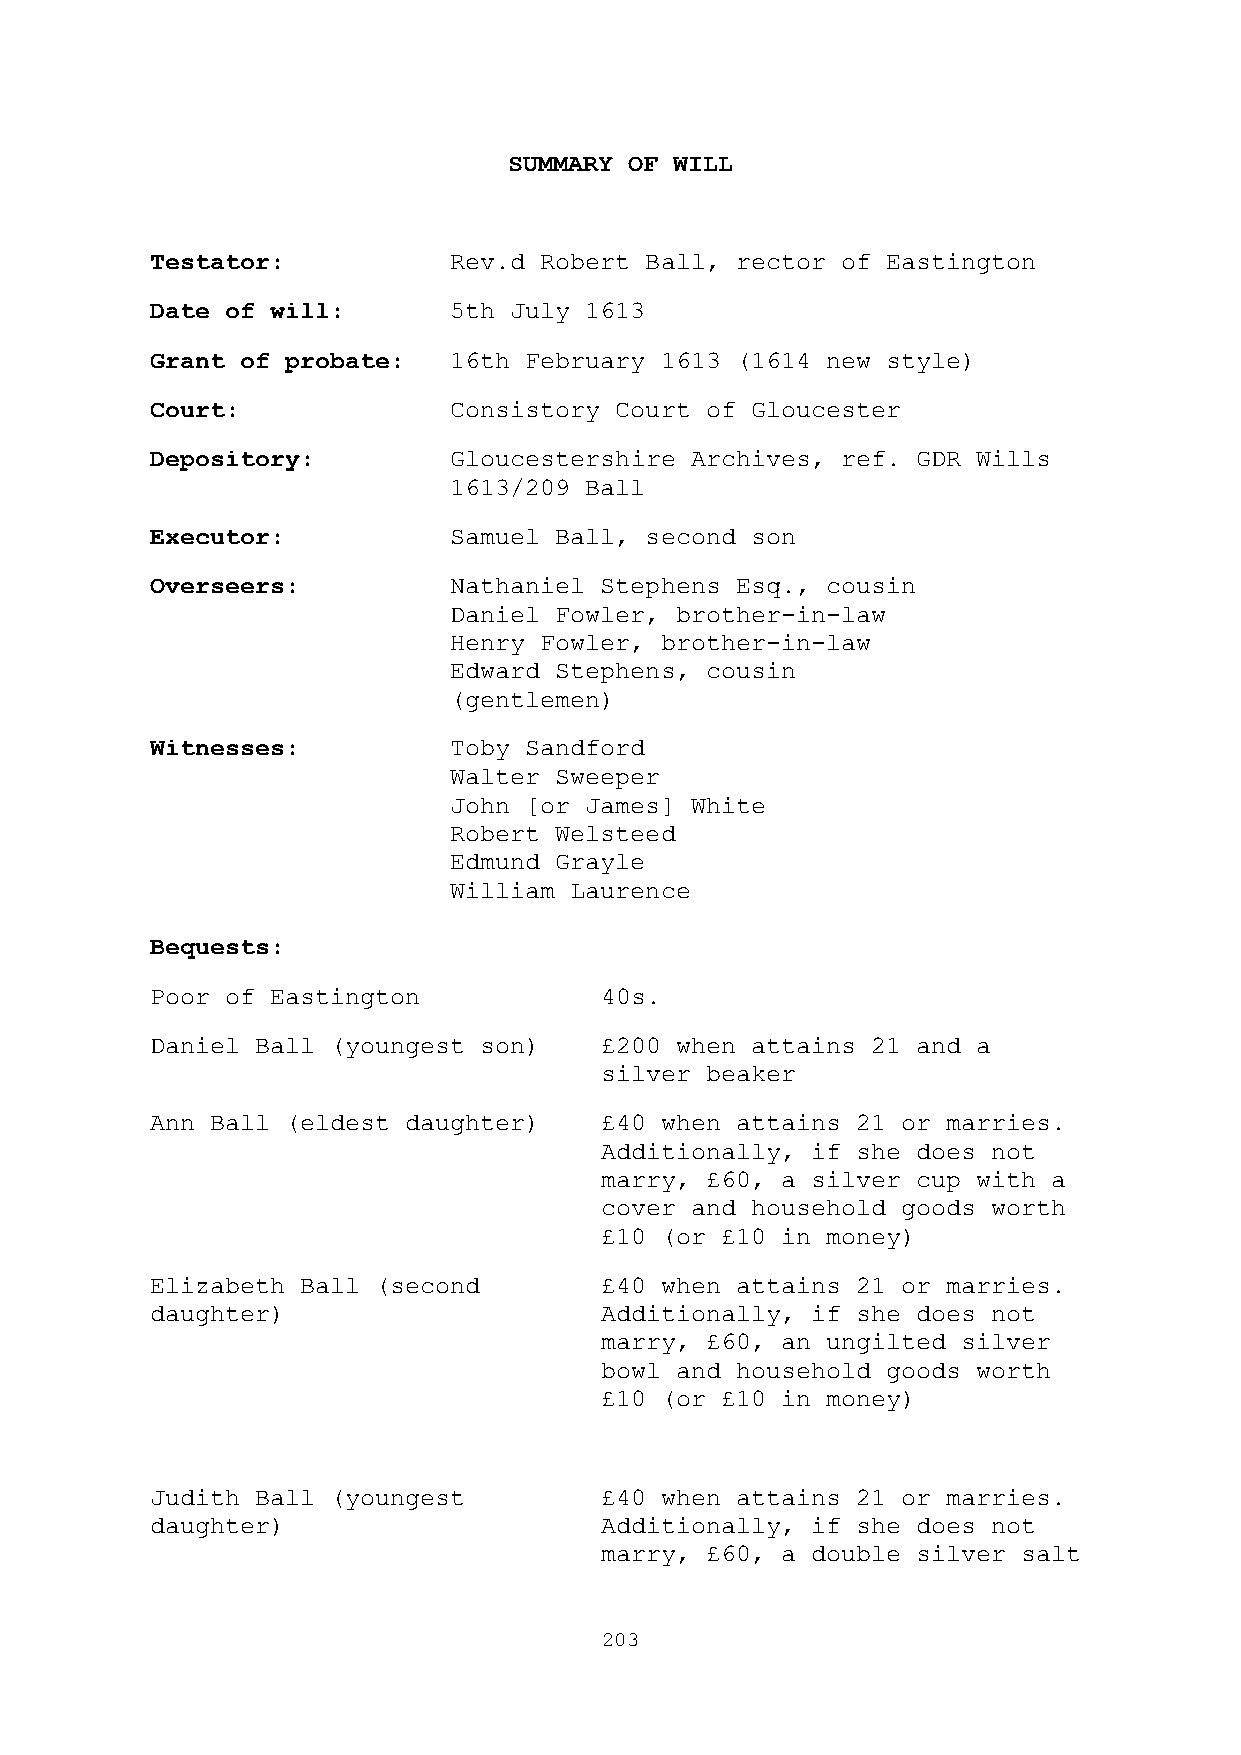
SUMMARY OF WILL
 Testator:           Rev.d Robert Ball, rector of Eastington
 Date of will:       5th July 1613
 Grant of probate:   16th February 1613 (1614 new style)
 Court:              Consistory Court of Gloucester
 Depository:         Gloucestershire Archives, ref. GDR Wills
 1613/209 Ball
 Executor:           Samuel Ball, second son
 Overseers:          Nathaniel Stephens Esq., cousin
 Daniel Fowler, brother-in-law
 Henry Fowler, brother-in-law
 Edward Stephens, cousin
 (gentlemen)
 Witnesses:          Toby Sandford
 Walter Sweeper
 John [or James] White
 Robert Welsteed
 Edmund Grayle
 William Laurence
 Bequests:
 Poor of Eastington            40s.
 Daniel Ball (youngest son)    £200 when attains 21 and a
 silver beaker
 Ann Ball (eldest daughter)    £40 when attains 21 or marries.
 Additionally, if she does not
 marry, £60, a silver cup with a
 cover and household goods worth
 £10 (or £10 in money)
 Elizabeth Ball (second        £40 when attains 21 or marries.
 daughter)                     Additionally, if she does not
 marry, £60, an ungilted silver
 bowl and household goods worth
 £10 (or £10 in money)
 Judith Ball (youngest         £40 when attains 21 or marries.
 daughter)                     Additionally, if she does not
 marry, £60, a double silver salt
 203